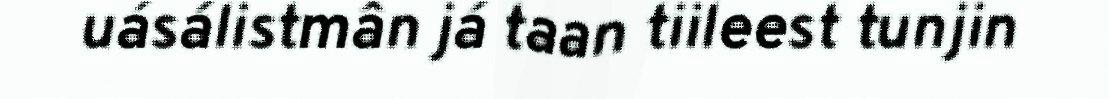
uásálistmân já taan tiileest tunjin